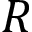
R